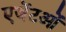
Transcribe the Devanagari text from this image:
एजेंटओं